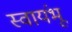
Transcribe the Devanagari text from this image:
स्वायंभू